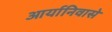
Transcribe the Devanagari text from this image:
आर्यानिवासे